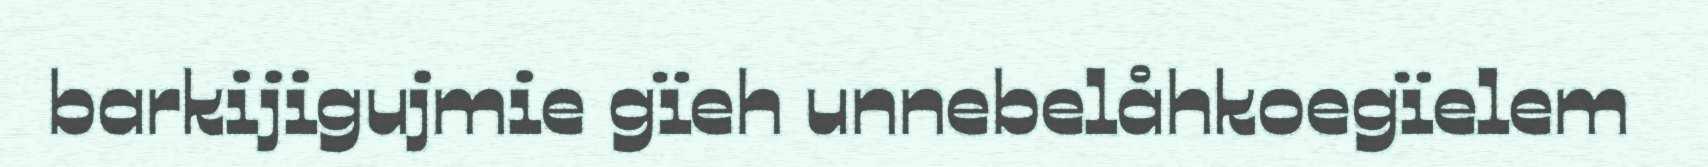
barkijigujmie gïeh unnebelåhkoegïelem